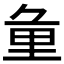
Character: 𨤣